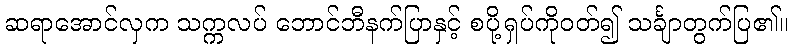
ဆရာအောင်လှက သက္ကလပ် ဘောင်ဘီနက်ပြာနှင့် စပို့ရှပ်ကိုဝတ်၍ သင်္ချာတွက်ပြ၏။